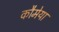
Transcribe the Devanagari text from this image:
कौमेया